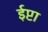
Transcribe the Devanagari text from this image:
ईप्टा